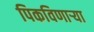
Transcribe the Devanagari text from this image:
पिकविणार्‍या